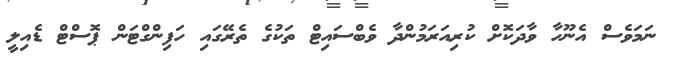
ނަމަވެސް އެނޫހާ ވާދަކޮށް ކުރިއަރަމުންދާ ވެބްސައިޓް ތަކުގެ ތެރޭގައި ހަފިންގްޓަން ޕޮސްޓް ޑެއިލީ